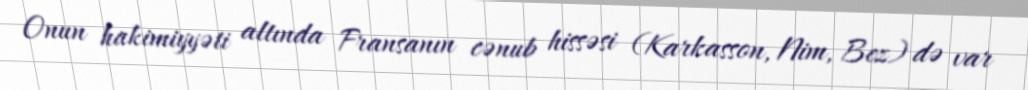
Onun hakimiyyəti altında Fransanın cənub hissəsi (Karkasson, Nim, Bez) də var